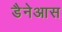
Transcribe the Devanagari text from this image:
डैनेआस